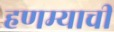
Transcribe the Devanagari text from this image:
हणम्याची